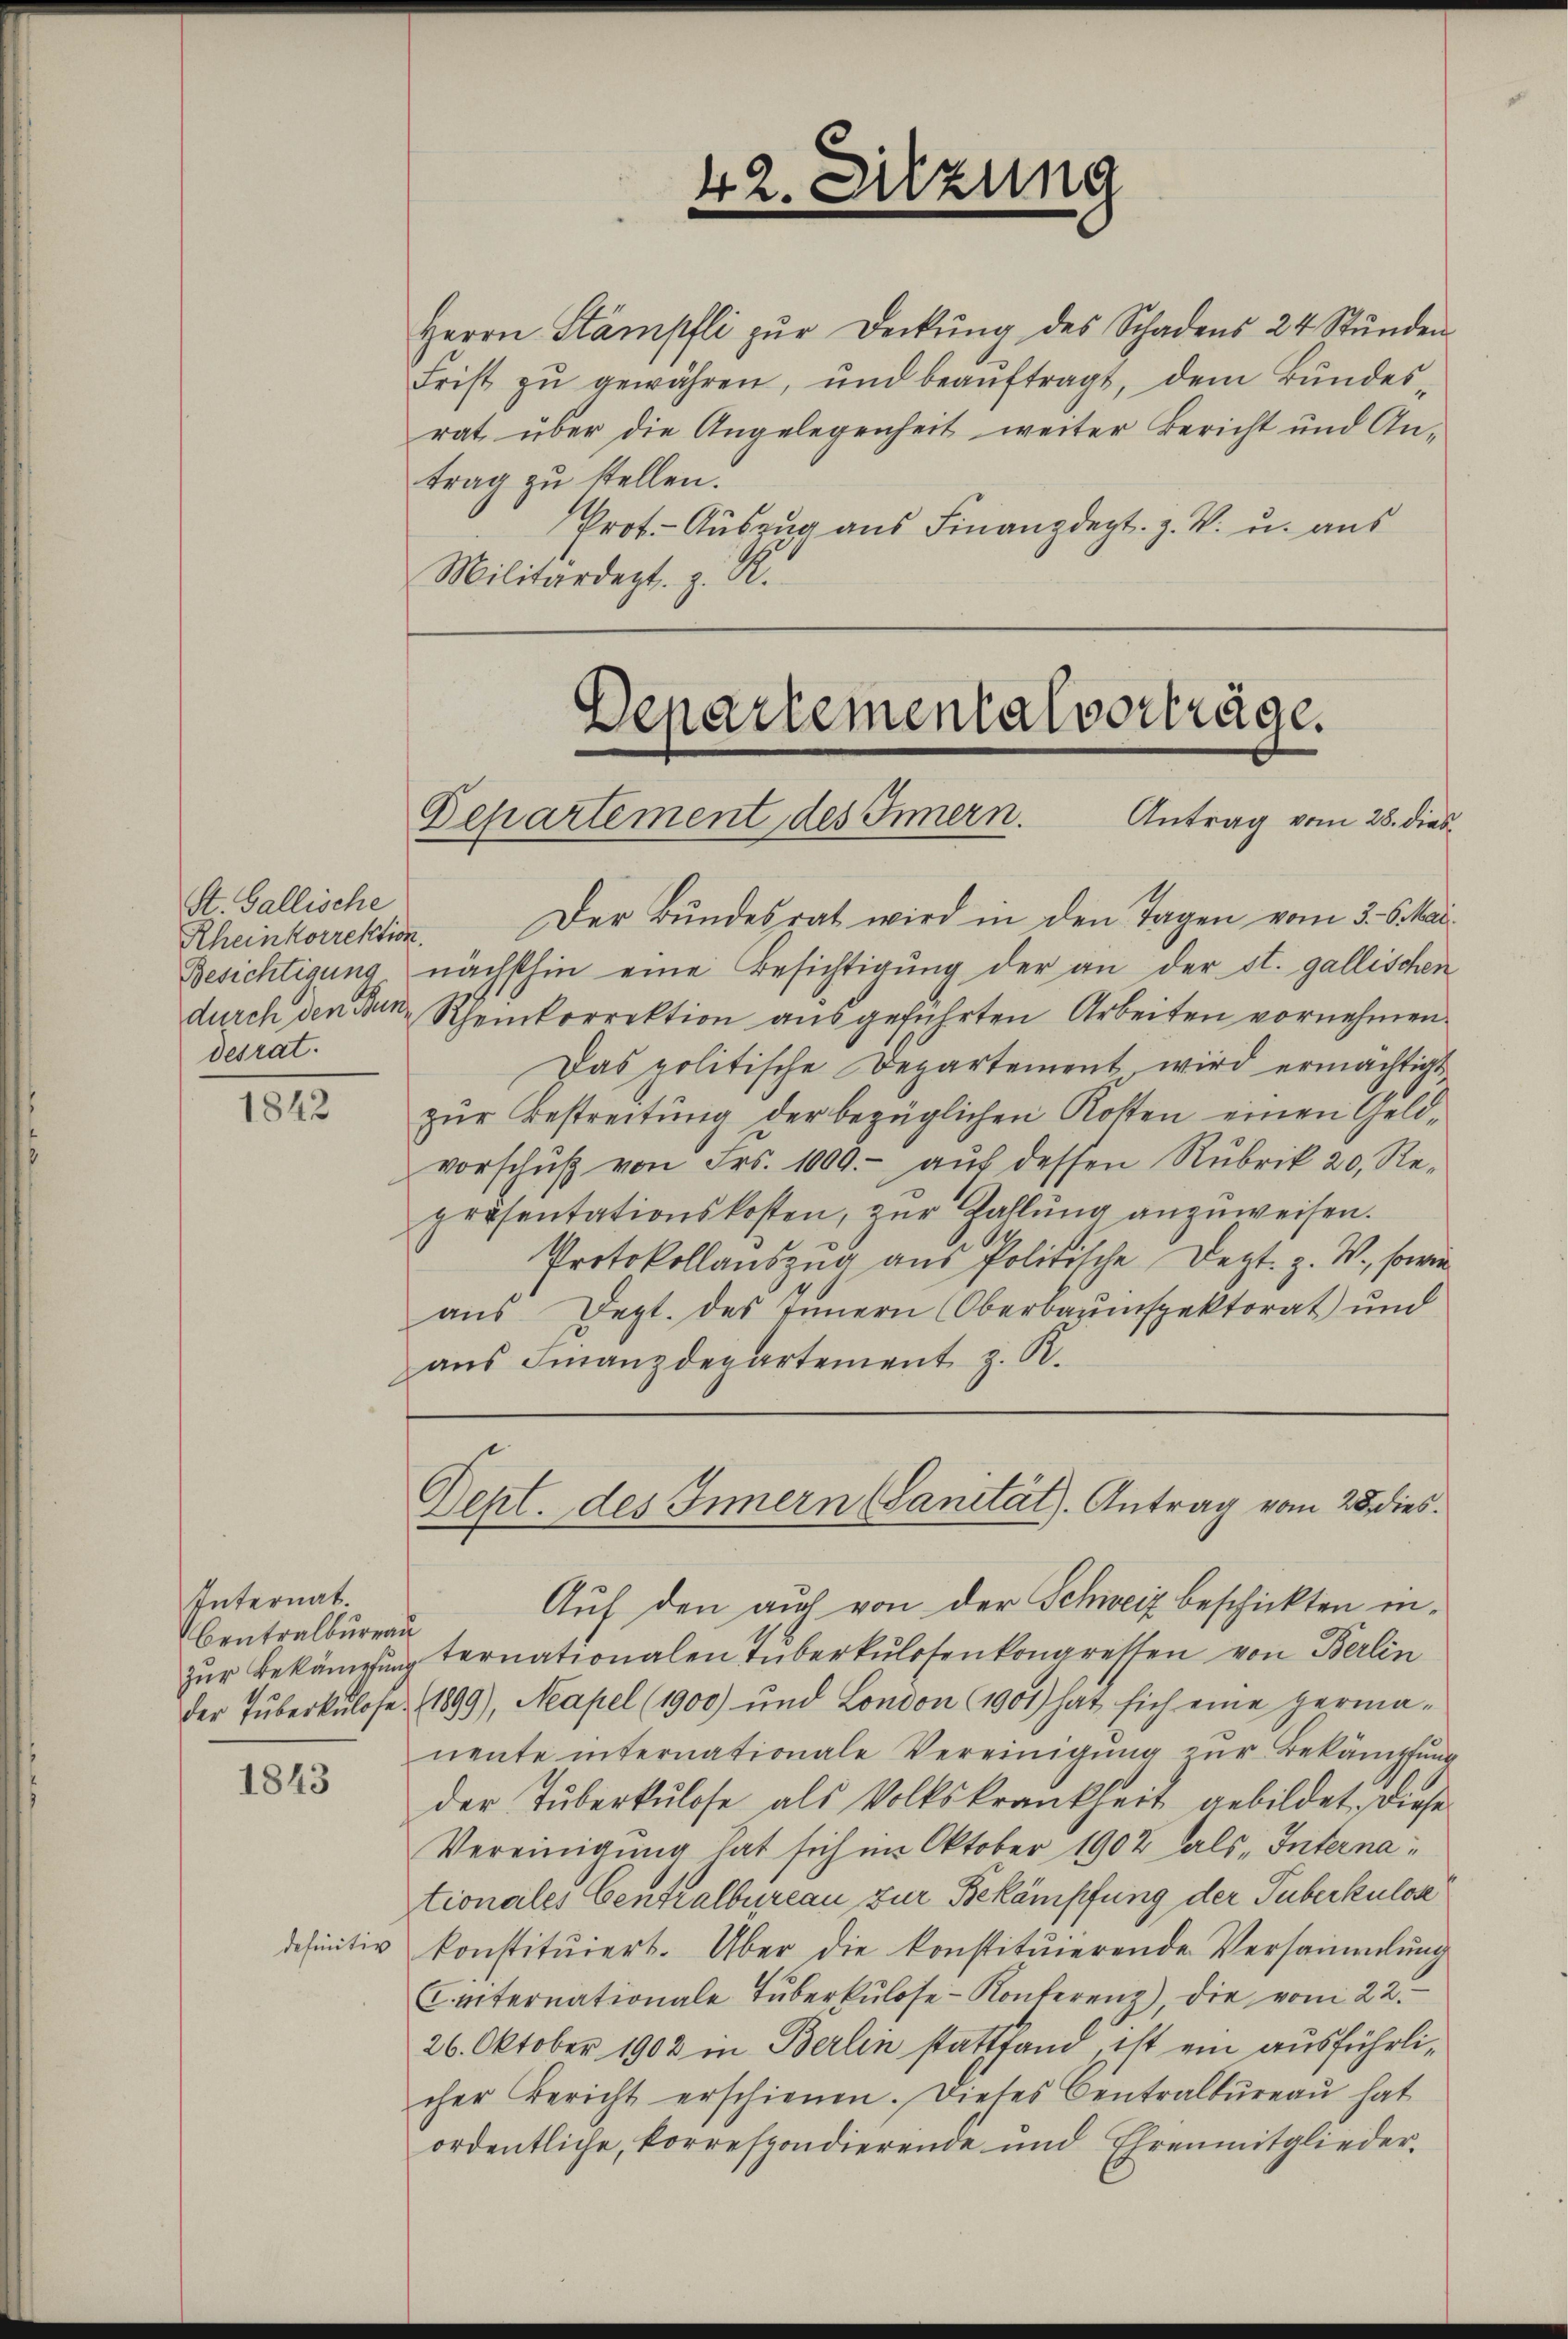
St. Gallische
Rheinkorrektion.
Besichtigung
desrat.

1842

Internat.
Centralbureau
der Tuberkulose

1843

definitiv

Herrn Stämpfli zŭr Deckŭng des Schadens 24 Stŭnden
Frist zŭ gewähren, und beaŭftragt, dem Bundes
rat über die Angelegenheit weiter Bericht und Antrag zu stellen.
Prot. Auszug aus Finanzdept. z. B. u. aus
Militärdept. z. R.

42. Sitzung

Departemental vorträge.
Antrag vom 28. dies¬
Departement des Innern.

Der Bundesrat wird in den Tagen vom 3. 6. Mai
nächsthin eine Besichtigung der an der st. gallischen
durch den Bein Rheinkorrektion ausgeführten Arbeiten vornehmen.
Das politische Departement, wird ermächtigt,
zur Bestreitung der bezüglichen Kosten einen Geldvorschŭβ von Frs. 1000.- aŭf dessen Rubrik 20, Re-
präsentationskosten, zŭr Zahlŭng anzŭweisen.
Protokollaŭszŭg aŭs Politische Dept. z. W., sowie
aus Sept. des Innern (Oberbauinspektorat und
aŭs Finanzdepartement z. R.

Dept. des Innern (Sanität). Antrag vom 28. dies

Auf den auch von der Schweiz beschickten inzur Bekämpfung ternationalen Tuberkulosenkongressen von Berlin
1899), Mapel (1900) und London (1901) hat sich eine Herma-
nente internationale Vereinigung zur Bekämpfung
der Tuberkulose als Volkskrankheit gebildet, diese
Vereinigung hat sich im Oktober 1902 als „Internationales Centralbureau zur Bekämpfung der Tuberkulose
konstituiert. Über die konstituierende Versammlung
C. internationale Tŭberkulose-Konferenz), die vom 22.
26. Oktober 1903 in Berlin stattfand, ist ein ausführlicher Bericht erschienen. Dieses Centralkŭreaŭ hat
ordentliche, korrespondierende und Ehrenmitglieder.